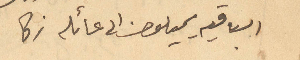
الباقيه يميلون الى عائله زكا